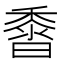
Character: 𪏰